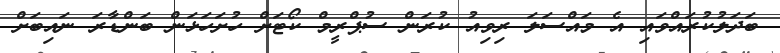
ބަދަލުކުރައްވައި އެ މައްސަލަ ރިވިއު ކުރަން ސުޕްރީމް ކޯޓަށް ހުށަހަޅަން ބަންޑާރަ ނައިބަށް